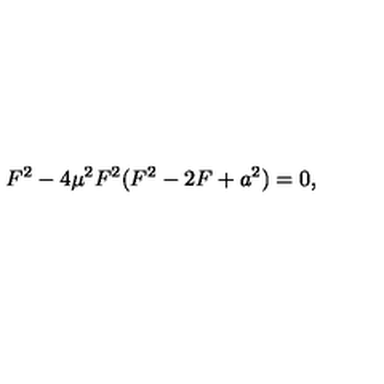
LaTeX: F ^ { 2 } - 4 \mu ^ { 2 } F ^ { 2 } ( F ^ { 2 } - 2 F + a ^ { 2 } ) = 0 ,